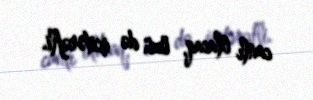
canlı olacaq, özü də ikitərəfli.